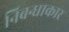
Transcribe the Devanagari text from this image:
निबन्धाकार